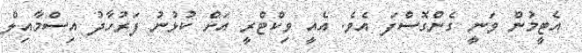
އެޓީމުން ވަނީ ގެންގޮސްފަ އެވެ. އެއީ ވިކްޓްރީ އަށް ކުޅުނު ފަރުހާދު އިސްމާއިލް